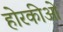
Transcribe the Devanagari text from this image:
होरकीओ